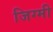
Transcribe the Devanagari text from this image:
जिग्मी